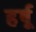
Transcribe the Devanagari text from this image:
हर्षू